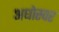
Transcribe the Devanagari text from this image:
अधोस्वर